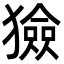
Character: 獫